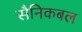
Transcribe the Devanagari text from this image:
सैनिकबल